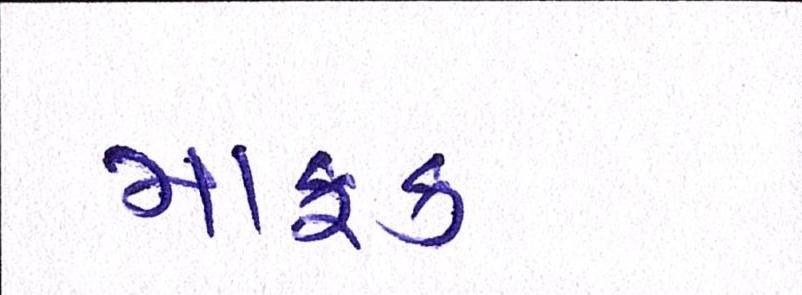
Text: માફક